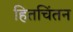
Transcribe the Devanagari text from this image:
हितचिंतन